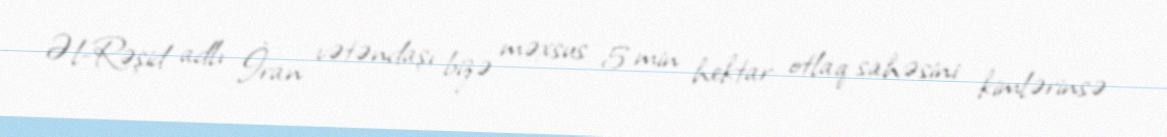
Əl-Rəşid adlı İran vətəndaşı bizə məxsus 5 min hektar otlaq sahəsini kimlərinsə